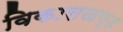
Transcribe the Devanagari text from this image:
विकासखण्‍ड